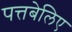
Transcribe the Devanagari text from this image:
पत्तबेलिए